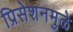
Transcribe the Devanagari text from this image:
प्रिसेशनमुळे